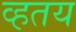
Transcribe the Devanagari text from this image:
व्हतय